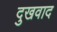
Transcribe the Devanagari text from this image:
दुखवाद